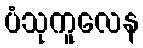
ပံသုကူလေန